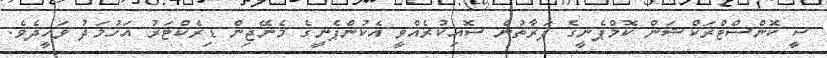
ސީ ކޮންސްޓްރަކްޝަން ކޮމްޕެނީގެ ފަރާތުން ސޮއިކުރެއްވީ އެކުންޕެނީގެ މެނޭޖިން ޑިރެކްޓަރު އަހުމަދު ވަހީދެވެ.